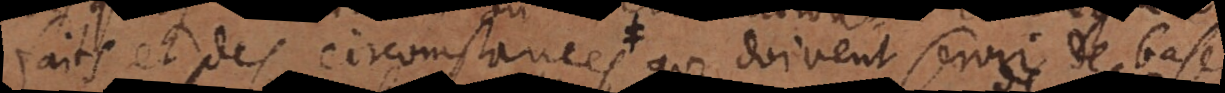
faits et des circomstances qui doivent servir de base